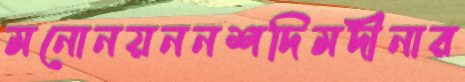
মনোনয়ননশদিমদীনার